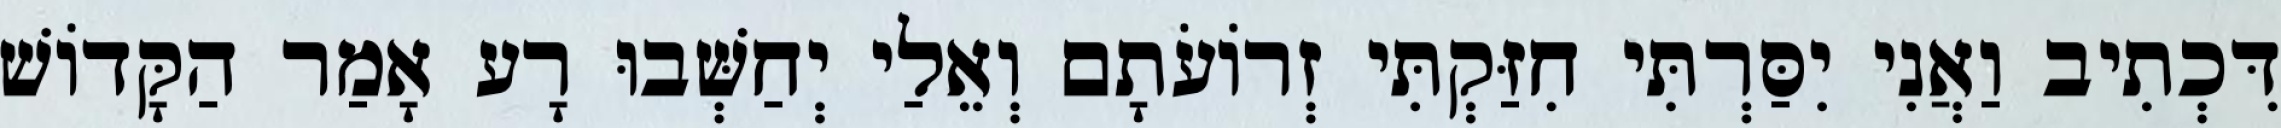
דִּכְתִיב וַאֲנִי יִסַּרְתִּי חִזַּקְתִּי זְרוֹעֹתָם וְאֵלַי יְחַשְּׁבוּ רָע אָמַר הַקָּדוֹשׁ